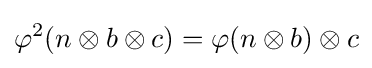
\varphi ^{2}(n\otimes b\otimes c)=\varphi (n\otimes b)\otimes c